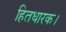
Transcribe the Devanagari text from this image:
हितधारक।